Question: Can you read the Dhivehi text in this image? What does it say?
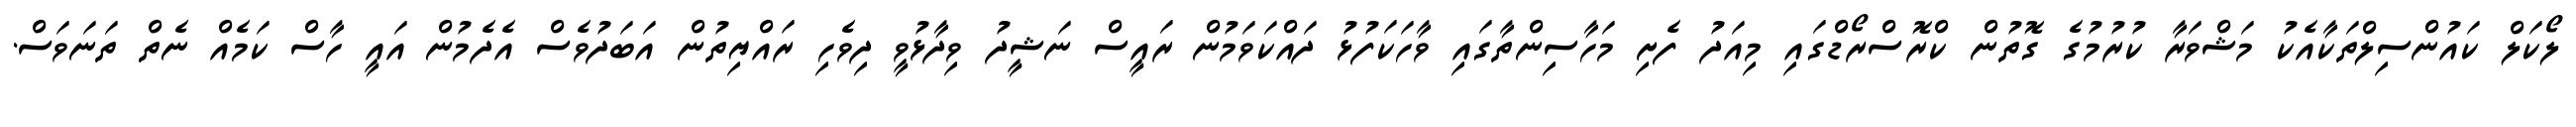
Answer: ލޯކަލް ކައުންސިލްތަކާއެކު މަޝްވަރާ ކުރުމުގެ ގޮތުން ކްރޮސްރޯޑްގައި މިއަދު ފެށި މަހާސިންތާގައި ވާހަކަފުޅު ދައްކަވަމުން ރައީސް ނަޝީދު ވިދާޅުވީ ދިވެހި ރައްޔިތުން އަބަދުވެސް އެދެމުން އައީ ހާސް ކަމެއް ނެތް ތަނަވަސް.